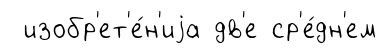
изобр'ет'е́н'иjа дв'е ср'е́дн'ем